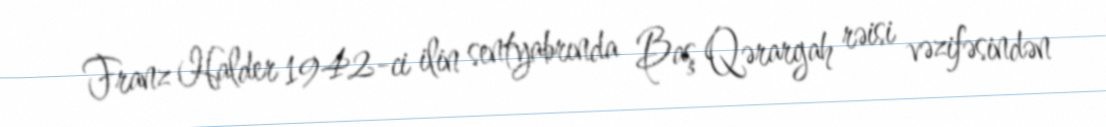
Franz Halder 1942-ci ilin sentyabrında Baş Qərargah rəisi vəzifəsindən